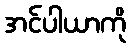
အင်ပါယာကို